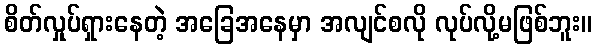
စိတ်လှုပ်ရှားနေတဲ့ အခြေအနေမှာ အလျင်စလို လုပ်လို့မဖြစ်ဘူး။